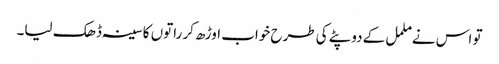
تو اس نے ململ کے دوپٹے کی طرح خواب اوڑھ کر راتوں کا سینہ ڈھک لیا۔